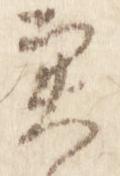
実